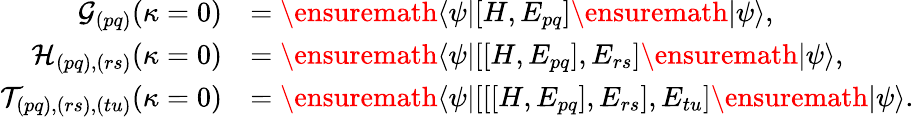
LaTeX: \begin{array}{rl}{\mathcal{G}_{(pq)}(\kappa=0)}&{=\ensuremath{\langle{\psi}\rvert}[H,E_{pq}]\ensuremath{\lvert{\psi}\rangle},}\\ {\mathcal{H}_{(pq),(rs)}(\kappa=0)}&{=\ensuremath{\langle{\psi}\rvert}[[H,E_{pq}],E_{rs}]\ensuremath{\lvert{\psi}\rangle},}\\ {\mathcal{T}_{(pq),(rs),(tu)}(\kappa=0)}&{=\ensuremath{\langle{\psi}\rvert}[[[H,E_{pq}],E_{rs}],E_{tu}]\ensuremath{\lvert{\psi}\rangle}.}\end{array}